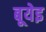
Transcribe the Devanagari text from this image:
बूयेइ